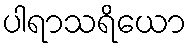
ပါရာသရိယော